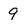
Character: 9